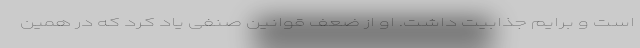
است و برایم جذابیت داشت. او از ضعف قوانین صنفی یاد کرد که در همین